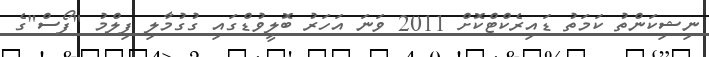
ނިޝިކަންތު ކަމަތު ޑައިރެކްޓްކޮށް 2011 ވަނަ އަހަރު ބޮލީވުޑްގައި ގުގުމާލި ފިލްމު "ފޯސް"ގެ